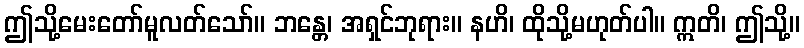
ဤသို့မေးတော်မူလတ်သော်။ ဘန္တေ၊ အရှင်ဘုရား။ နဟိ၊ ထိုသို့မဟုတ်ပါ။ ဣတိ၊ ဤသို့။